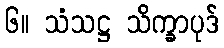
၆။ သံသဋ္ဌ သိက္ခာပုဒ်